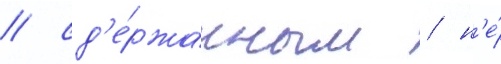
/ сд'е́ржанным / н'е́